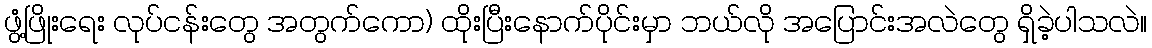
ဖွံ့ဖြိုးရေး လုပ်ငန်းတွေ အတွက်ကော) ထိုးပြီးနောက်ပိုင်းမှာ ဘယ်လို အပြောင်းအလဲတွေ ရှိခဲ့ပါသလဲ။